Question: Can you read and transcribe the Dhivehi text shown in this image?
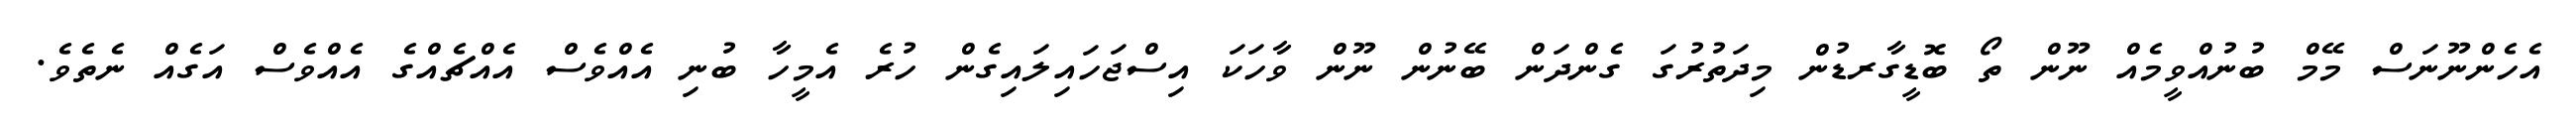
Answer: އެހެންނޫނަސް މޭމް ބުނުއްވީމެއް ނޫން ތޯ ބޮޑީގާރޑުން މިދަތުރުގަ ގެންދަން ބޭނުން ނޫން ވާހަކަ އިސްޖަހައިލައިގެން ހުރެ އެމީހާ ބުނި އެއްވެސް އެއްޗެއްގެ އެއްވެސް އަގެއް ނެތެވެ.